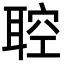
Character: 聜